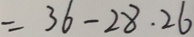
= 3 6 - 2 8 . 2 6